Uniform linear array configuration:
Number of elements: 4
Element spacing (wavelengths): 0.75
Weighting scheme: cosine
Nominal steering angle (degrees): -30
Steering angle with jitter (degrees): -29.481
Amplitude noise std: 0.05
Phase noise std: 0.05

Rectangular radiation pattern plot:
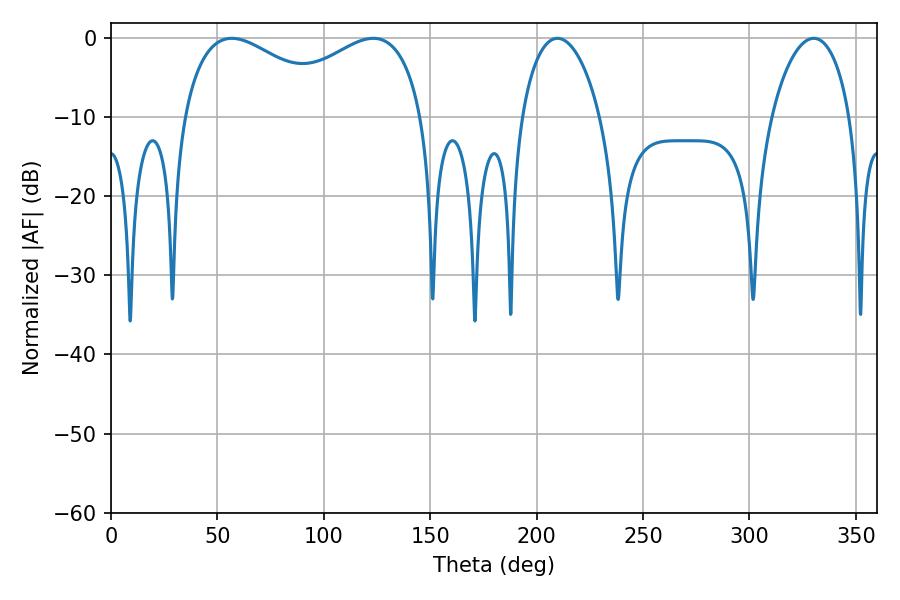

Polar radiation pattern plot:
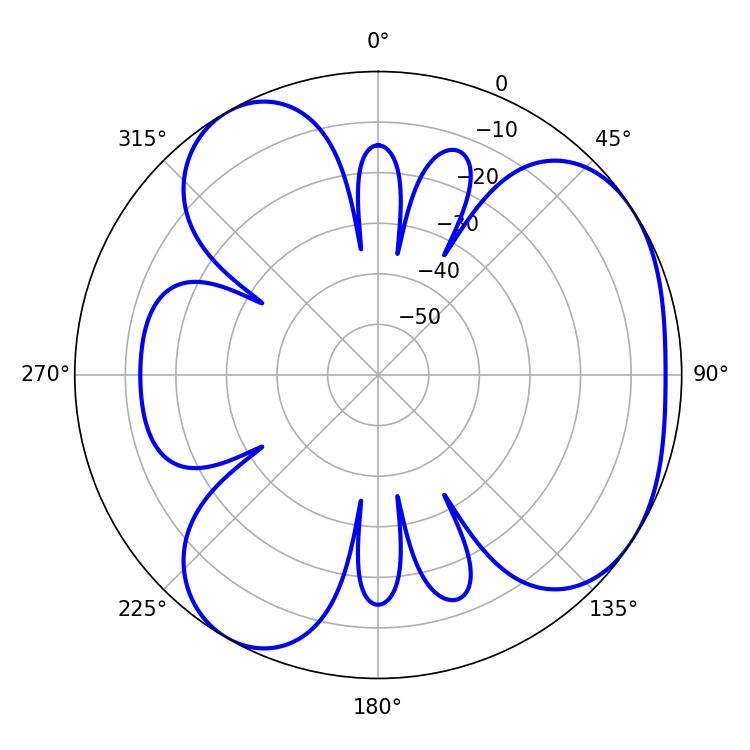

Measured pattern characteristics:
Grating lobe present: TRUE
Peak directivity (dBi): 4.495
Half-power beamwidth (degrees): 41.76
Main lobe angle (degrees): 56.7